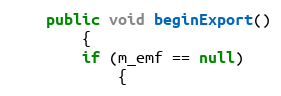
Language: Java
    public void beginExport()
        {
        if (m_emf == null)
            {